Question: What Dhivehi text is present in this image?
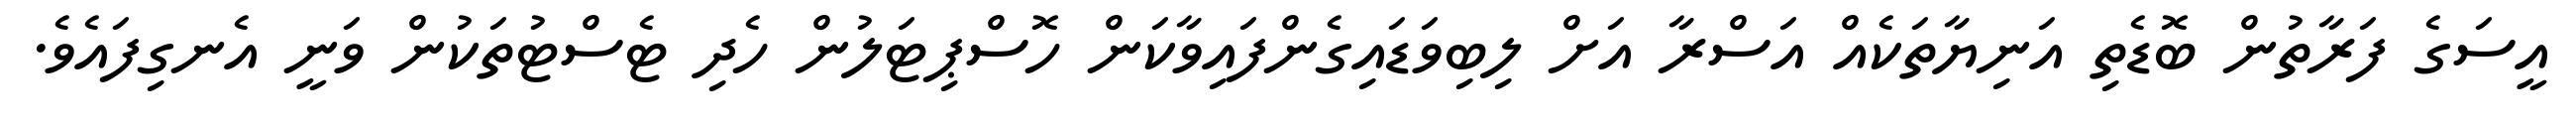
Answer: އީސަގެ ފަރާތުން ބޮޑެތި އަނިޔާތަކެއް އަސްރާ އަށް ލިބިވަޑައިގެންފައިވާކަން ހޮސްޕިޓަލުން ހެދި ޓެސްޓުތަކުން ވަނީ އެނގިފައެވެ.